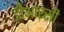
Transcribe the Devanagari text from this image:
टीआरसी